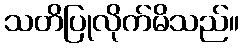
သတိပြုလိုက်မိသည်။